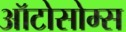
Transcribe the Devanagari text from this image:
ऑटोसोम्स